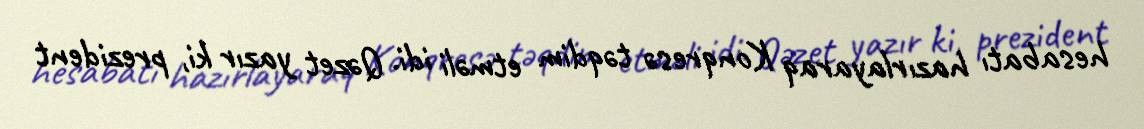
hesabatı hazırlayaraq Konqresə təqdim etməli idi. Qəzet yazır ki, prezident